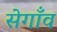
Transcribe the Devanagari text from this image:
सेगाँव